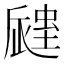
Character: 𧏁